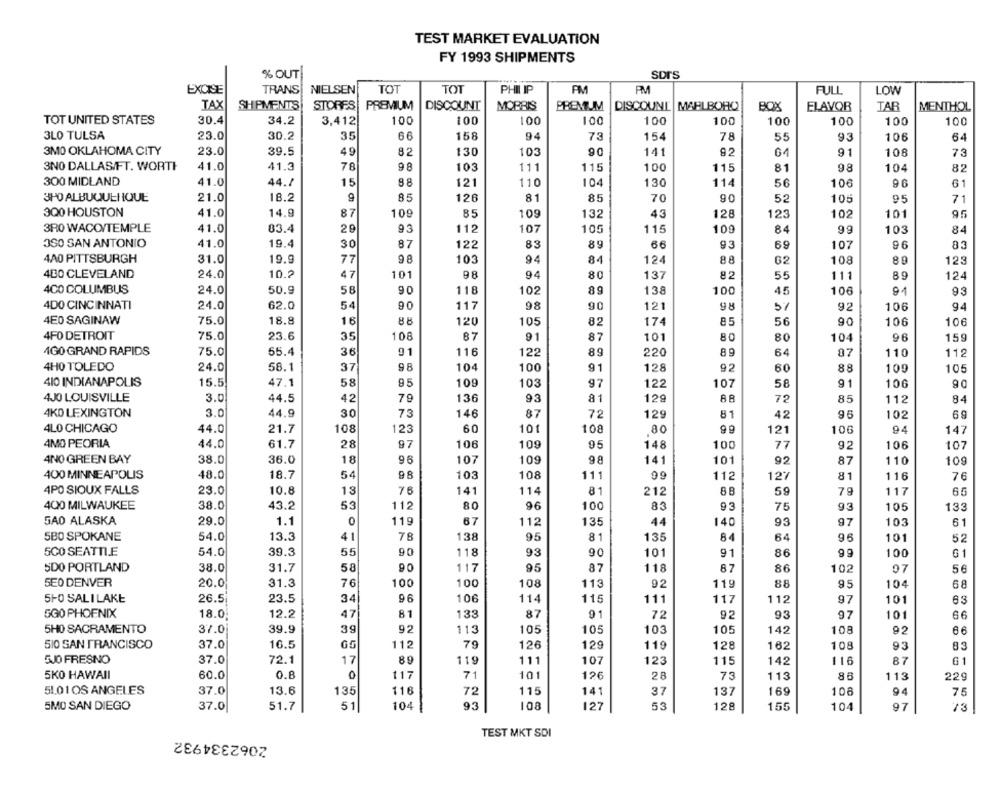
TEST MARKET EVALUATION
FY 1993 SHIPMENTS
% OUT
SDrS
EXCISE
TRANS
NIELSEN
TOT
TOT
PHILIP
PM
FULL
LOW
TAX
SHIPMENTS
STORES
PREMIUM
DISCOUNT
MORRIS
PREMIUM
DISCOUNT MARLBORO
BOX
ELAVOR
TAR
MENTHOL
34.2
TOT UNITED STATES
30.4
3,412
100
100
100
100
100
100
100
100
100
100
3LO TULSA
23.0
30.2
35
66
158
94
73
154
78
55
93
106
64
3MO OKLAHOMA CITY
23.0
39.5
49
90
82
130
103
141
92
64
91
108
75
3NO DALLAS/FT. WORTH
41.0
41.3
78
98
103
111
115
100
98
82
115
81
104
300 MIDLAND
41.0
44.1
15
88
121
110
130
56
106
61
104
114
96
3HO ALBUQUERQUE
21.0
18.2
9
85
126
81
85
70
90
52
105
95
71
300 HOUSTON
41.0
14.9
87
109
85
109
132
43
128
123
102
101
95
3RO WACO/TEMPLE
41.0
83.4
29
93
112
107
105
115
10g
84
99
103
84
OSO SAN ANTONIO
41.0
19.4
30
87
122
83
89
66
93
69
107
96
4A0 PITTSBURGH
31.0
19.9
77
98
103
94
84
124
88
62
108
89
123
400 CLEVELAND
24.0
10.2
47
101
98
94
80
137
82
55
111
89
124
400 COLUMBUS
24.0
50.9
58
90
118
102
89
138
100
45
106
81
93
4DO CINCINNATI
24.0
62.0
54
90
117
98
90
12
98
5%
92
106
94
4E0 SAGINAW
75.0
18.8
16
88
120
105
82
174
85
56
90
106
106
4FO DETROIT
75.0
23.6
35
108
87
91
87
101
80
80
104
96
159
4GO GRAND RAPIDS
75.0
55.4
36
91
116
122
89
220
89
64
07
110
112
4HO TOLEDO
24.0
58.1
37
98
104
100
91
128
92
60
88
109
105
410 INDIANAPOLIS
15.5
47.1
58
95
109
103
97
122
107
58
91
106
90
4JO LOUISVILLE
3.0
44.5
42
79
136
93
81
129
88
72
85
112
84
4KD LEXINGTON
3.0
44.9
30
73
146
87
72
129
81
42
96
102
69
60
101
4LO CHICAGO
44.0
21.7
108
123
108
80
99
121
106
94
147
4MO PEORIA
44.0
61.7
28
97
106
109
95
148
100
77
92
106
107
4NO GREEN BAY
38.0
36.0
96
107
98
141
87
109
18
109
101
92
110
400 MINNEAPOLIS
48.0
18.7
54
98
103
108
111
99
112
12%
81
76
116
4PO SIOUX FALLS
23.0
10.8
76
141
81
212
79
117
60
13
114
88
59
4000 MILWAUKEE
38.0
43.2
53
112
80
96
100
83
93
93
105
133
75
GAO ALASKA
29.0
1.1
0
119
67
11
135
44
97
103
61
140
93
5BO SPOKANE
54.0
13.3
41
78
138
95
81
135
84
64
96
101
52
5CO SEATTLE
54.0
39.3
55
118
93
90
101
91
86
99
100
G1
5DO PORTLAND
38.0
31.7
58
90
117
95
87
118
87
86
102
97
56
5E0 DENVER
20.0
31.3
76
100
100
108
113
92
119
88
95
104
68
51-0 SALILAKE
26.5
23.5
34
96
106
114
115
111
117
112
97
101
63
SGO PHOENIX
18.0
12.2
47
81
133
87
91
72
92
93
97
101
5HO SACRAMENTO
37.0
39.9
39
115
105
105
103
105
142
108
92
66
510 SAN FRANCISCO
37.0
16.5
65
112
79
126
129
119
128
162
108
93
83
5JO FRESNO
37.0
72.1
17
89
119
111
107
123
115
142
116
87
G1
5KO HAWAII
60.0
0.8
0
117
7
101
126
28
73
113
88
113
229
51.01 OS ANGELES
37.0
13.6
135
116
72
115
141
37
137
169
108
94
75
93
108
127
5MO SAN DIEGO
37.0
51.7
51
104
53
128
155
104
97
73
2062334932
TEST MKT SDI